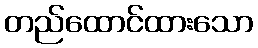
တည်ထောင်ထားသော